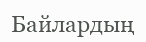
Байлардың